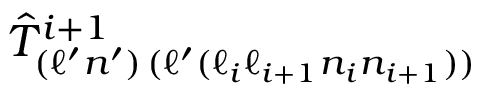
\hat { T } _ { ( \ell ^ { \prime } n ^ { \prime } ) \, ( \ell ^ { \prime } ( \ell _ { i } \ell _ { i + 1 } n _ { i } n _ { i + 1 } ) ) } ^ { i + 1 }